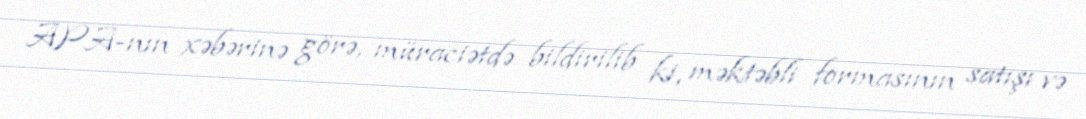
APA-nın xəbərinə görə, müraciətdə bildirilib ki, məktəbli formasının satışı və